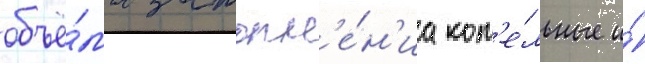
объё́ма затопл'е́н'иа кот'е́льные и́